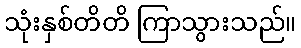
သုံးနှစ်တိတိ ကြာသွားသည်။